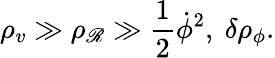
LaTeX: \rho_{v}\gg\rho_{\mathscr{R}}\gg\frac{{1}}{{2}}{\dot{{\phi}}}^{2},\ \delta\rho_{\phi}.